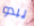
يبدو